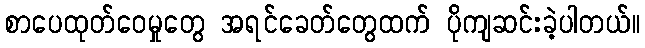
စာပေထုတ်ဝေမှုတွေ အရင်ခေတ်တွေထက် ပိုကျဆင်းခဲ့ပါတယ်။